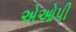
એઓપી